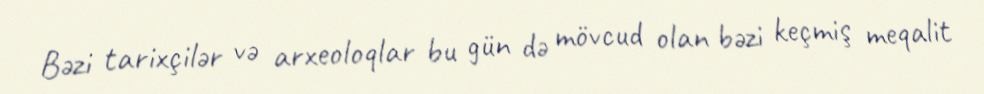
Bəzi tarixçilər və arxeoloqlar bu gün də mövcud olan bəzi keçmiş meqalit